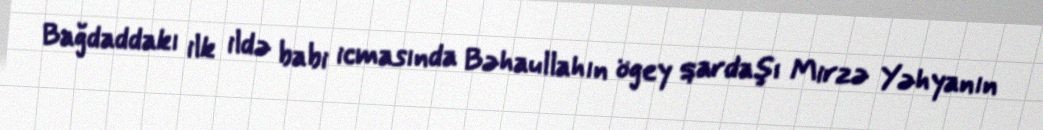
Bağdaddakı ilk ildə babi icmasında Bəhaullahın ögey qardaşı Mirzə Yəhyanın